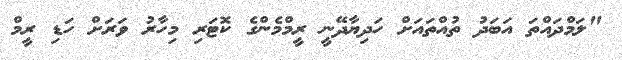
"ލަމްދައްތަ އަބަދު ތުއްތައަށް ހަދިޔާދޭނީ ރީމްމެންގެ ކޮޓަރި މިހާރު ވަރަށް ހަޑި ރީމް